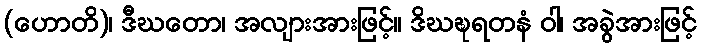
(ဟောတိ)၊ ဒီဃတော၊ အလျားအားဖြင့်။ ဒိဃဍ္ဎရတနံ ဝါ၊ အခွဲအားဖြင့်